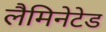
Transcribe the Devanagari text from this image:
लैमिनेटेड